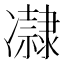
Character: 𠘞